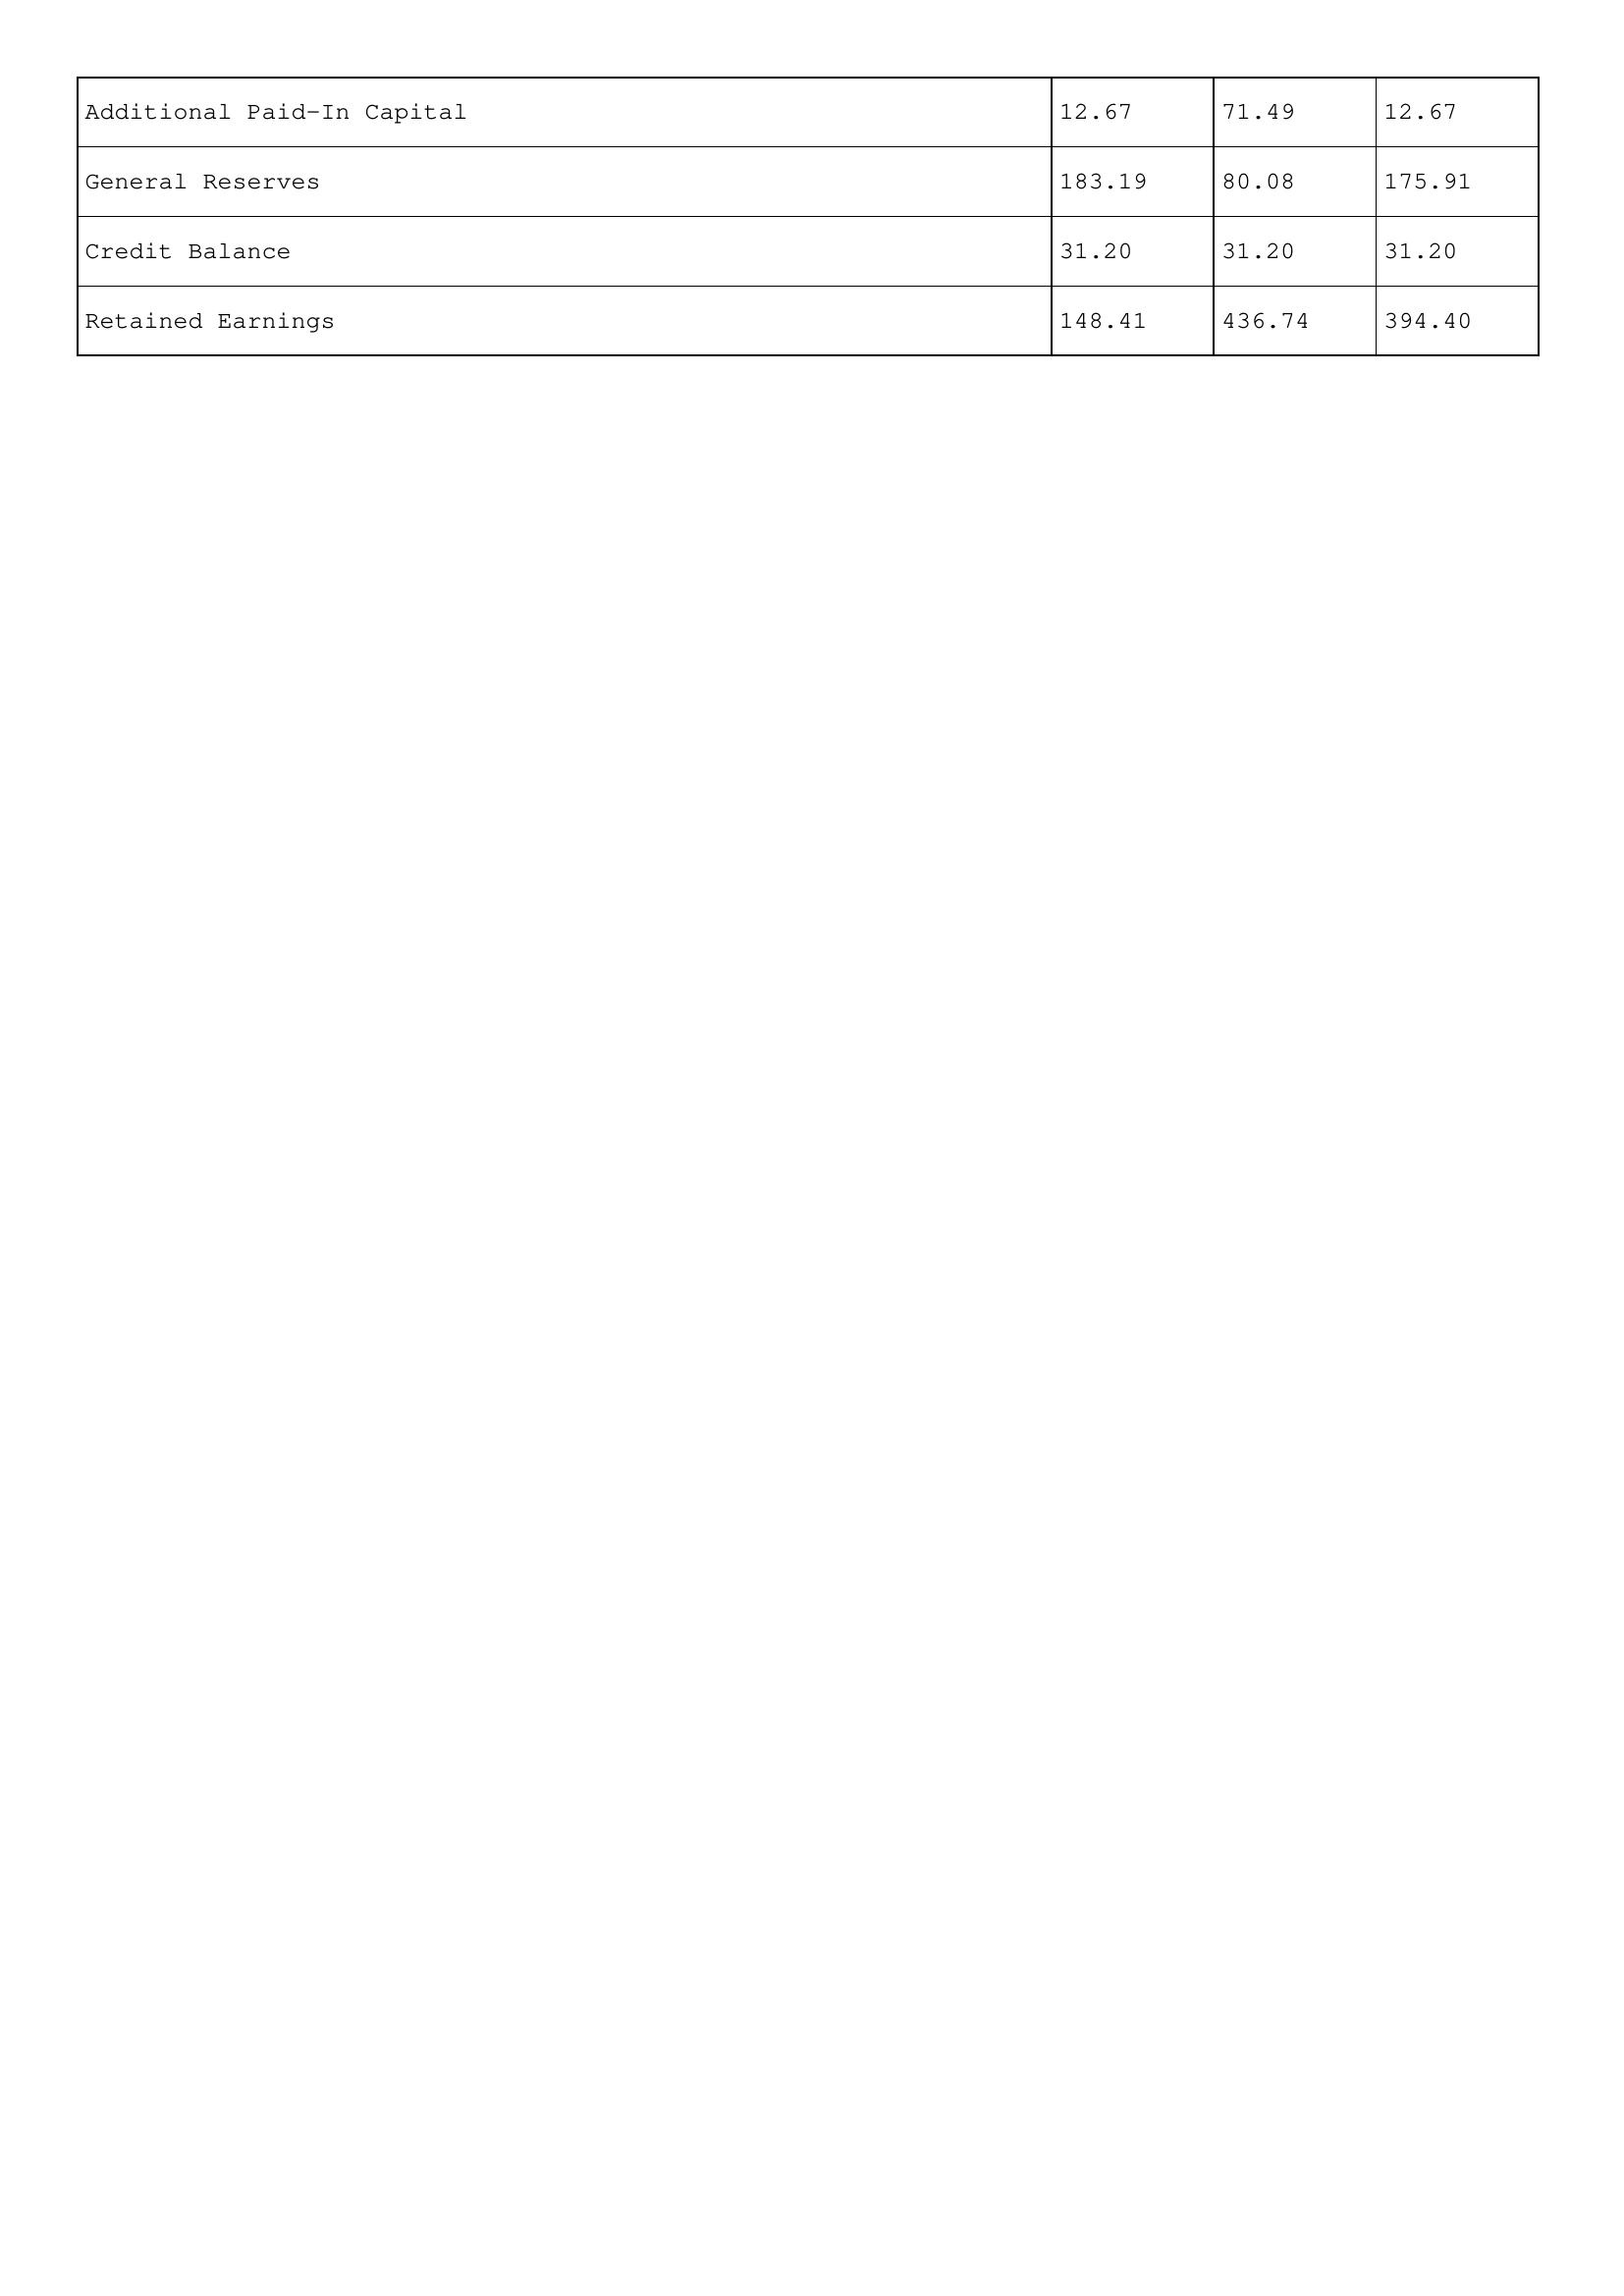
gt_parse: 1993: Additional Paid-In Capital: 12.67
General Reserves: 183.19
Credit Balance: 31.20
Retained Earnings: 148.41
1992: Additional Paid-In Capital: 71.49
General Reserves: 80.08
Credit Balance: 31.20
Retained Earnings: 436.74
1991: Additional Paid-In Capital: 12.67
General Reserves: 175.91
Credit Balance: 31.20
Retained Earnings: 394.40